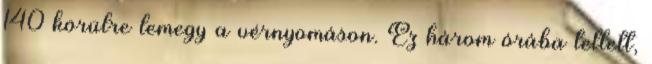
140 körülre lemegy a vérnyomáson. Ez három órába tellett,